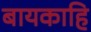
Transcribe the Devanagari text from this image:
बायकाहि